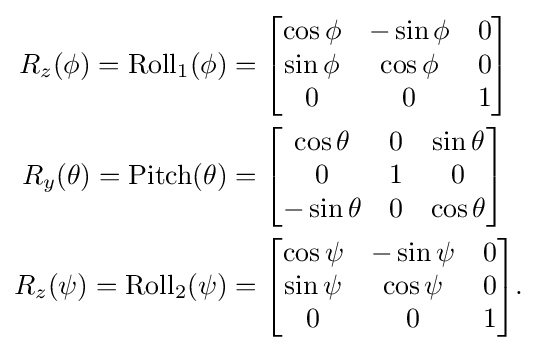
{\begin{aligned}R_{z}(\phi )=\mathrm {Roll} _{1}(\phi )&={\begin{bmatrix}\cos \phi &-\sin \phi &0\\\sin \phi &\cos \phi &0\\0&0&1\end{bmatrix}}\\R_{y}(\theta )=\mathrm {Pitch} (\theta )&={\begin{bmatrix}\cos \theta &0&\sin \theta \\0&1&0\\-\sin \theta &0&\cos \theta \end{bmatrix}}\\R_{z}(\psi )=\mathrm {Roll} _{2}(\psi )&={\begin{bmatrix}\cos \psi &-\sin \psi &0\\\sin \psi &\cos \psi &0\\0&0&1\end{bmatrix}}.\end{aligned}}